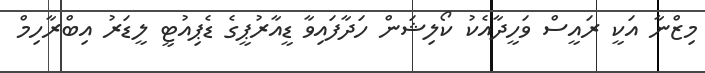
މިޒްނާ އަކީ ރައީސް ވަހީދާއެކު ކޯލިޝަން ހަދާފައިވާ ޑީއާރުޕީގެ ޑެޕިއުޓީ ލީޑަރު އިބްރާހިމް